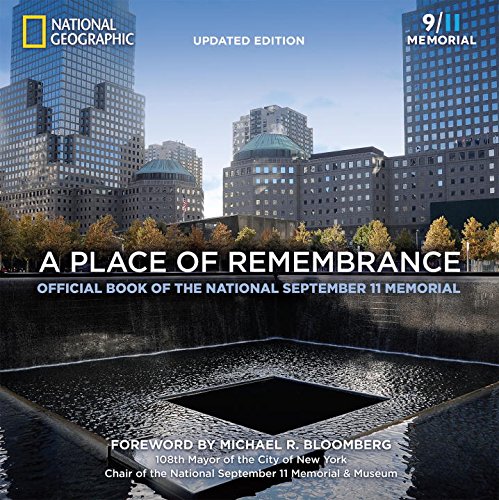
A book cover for A Place of Remembrance, Updated Edition: Official Book of the National September 11 Memorial; Allison Blais; Travel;